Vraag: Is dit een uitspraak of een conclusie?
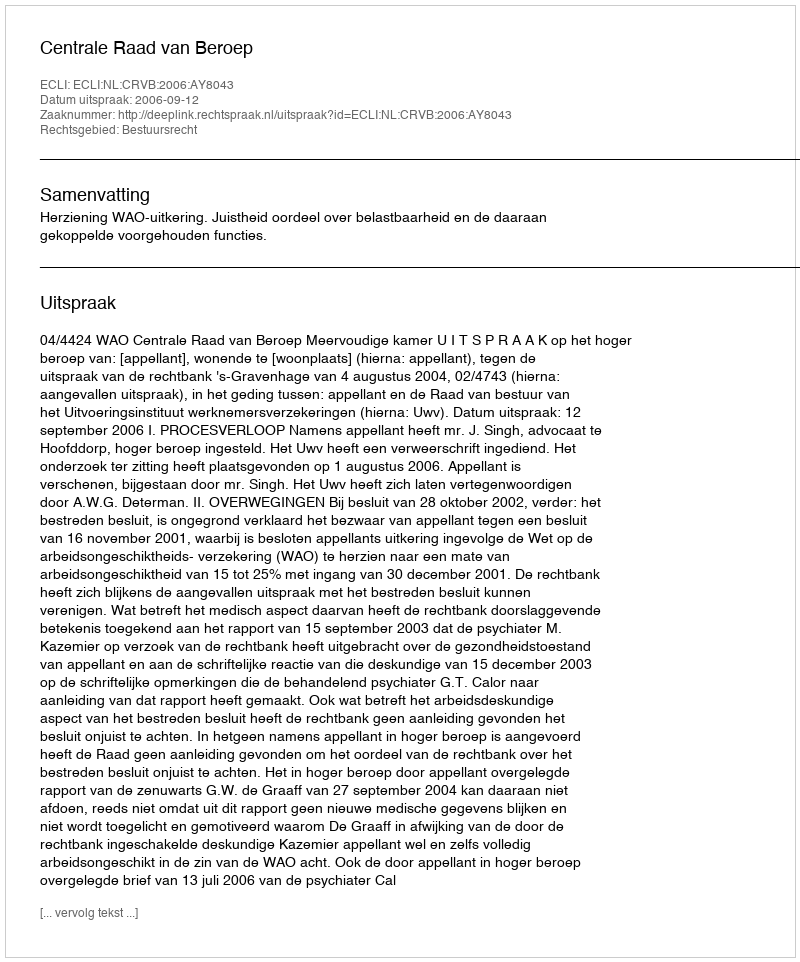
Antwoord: Uitspraak